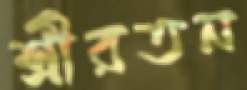
শ্রীরতন